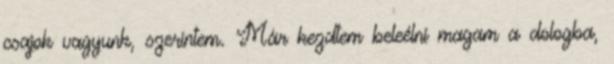
csajok vagyunk, szerintem. Már kezdtem beleélni magam a dologba,